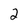
Character: 2